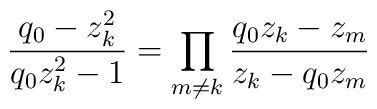
\frac{q_0-z_k^2}{q_0z_k^2-1}=\prod_{m\neq k}\frac{q_0z_k-z_m}{z_k-q_0z_m}